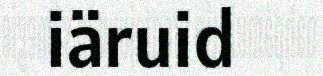
iäruid